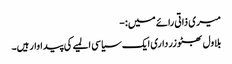
میری ذاتی رائے میں:-
بلاول بھٹو زرداری ایک سیاسی المیے کی پیداوار ہیں۔